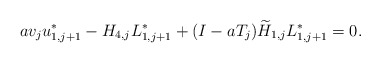
\begin{align*} av_{j}u_{1,j+1}^*-H_{4,j} L_{1,j+1}^*+(I-a T_j)\widetilde H_{1,j}L_{1,j+1}^*=0. \end{align*}